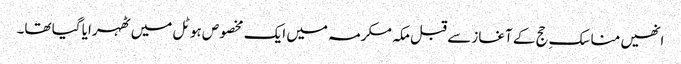
انھیں مناسکِ حج کے آغاز سے قبل مکہ مکرمہ میں ایک مخصوص ہوٹل میں ٹھہرایا گیا تھا۔